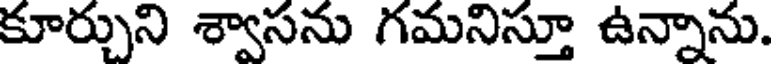
కూర్చుని శ్వాసను గమనిస్తూ ఉన్నాను.